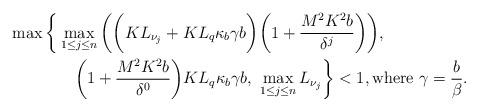
LaTeX: \begin{align*}&\max\bigg\{\max_{1\leq j \leq n}\bigg(\bigg( KL_{\nu_{j}}+KL_{q}\kappa_{b}\gamma b\bigg) \bigg(1+\frac{M^{2}K^{2}b}{\delta^{j}}\bigg)\bigg), \\ &\qquad\qquad\bigg(1+\frac{M^{2}K^{2}b}{\delta^{0}}\bigg)KL_{q}\kappa_{b}\gamma b,\ \max_{1\leq j \leq n}L_{\nu_{j}}\bigg\}<1, \mbox{where}\ \gamma=\frac{b}{\beta}.\end{align*}